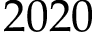
2 0 2 0